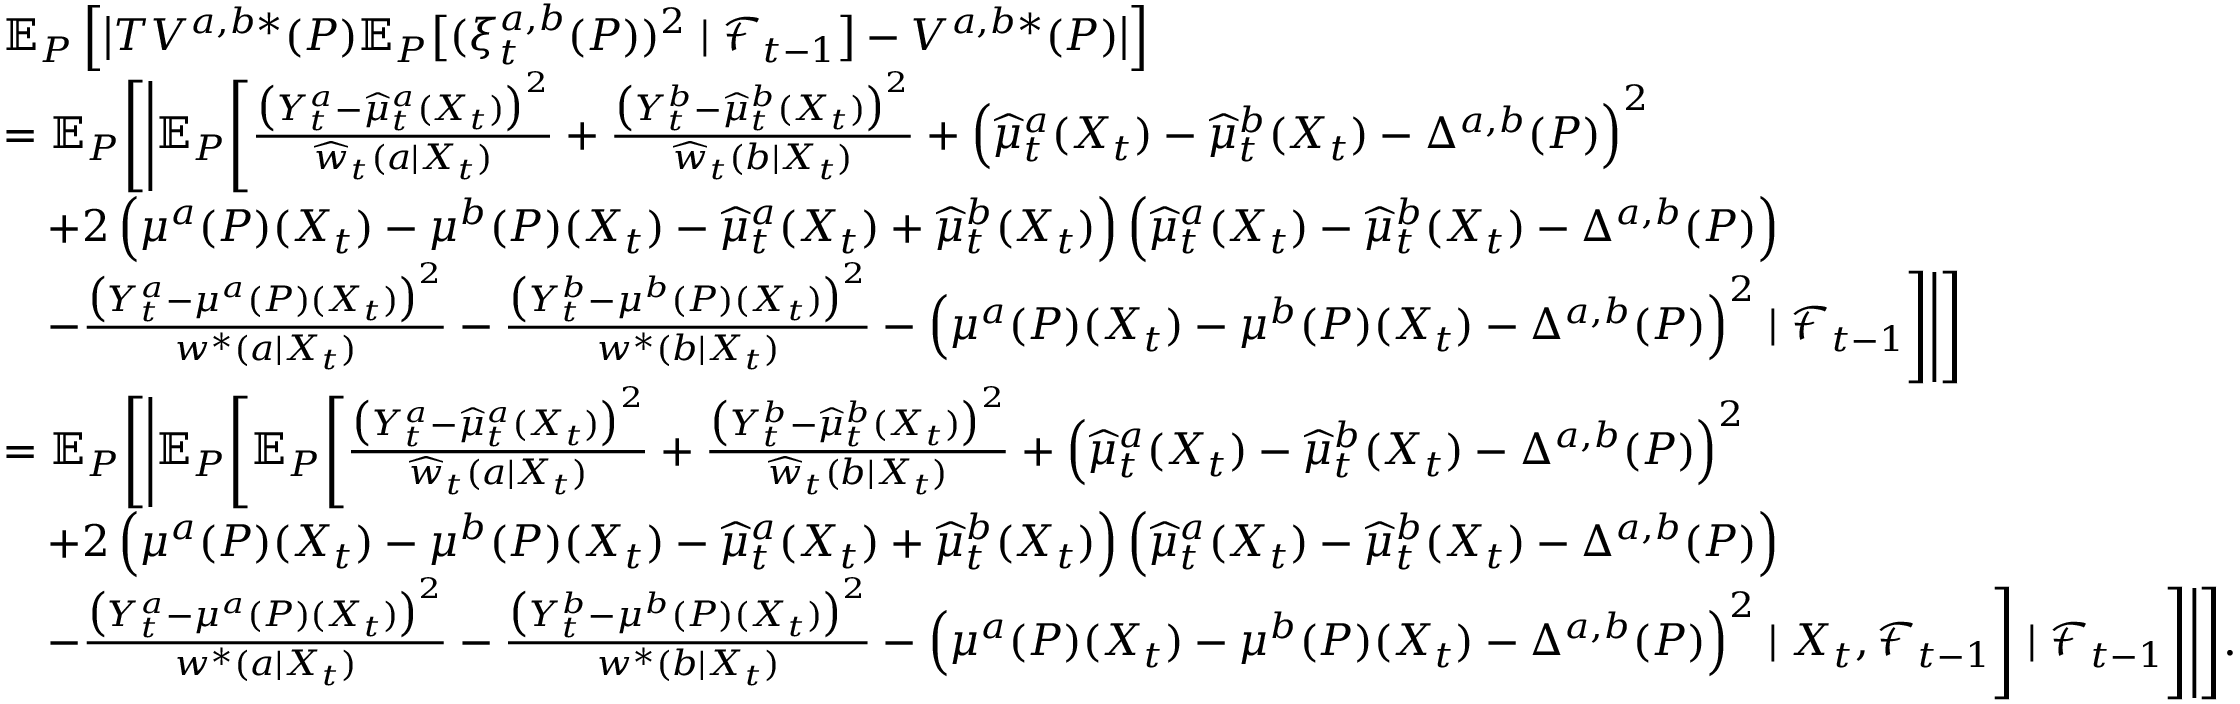
\begin{array} { r l } & { \mathbb { E } _ { P } \left[ \big | T V ^ { a , b * } ( P ) \mathbb { E } _ { P } \big [ ( \xi _ { t } ^ { a , b } ( P ) ) ^ { 2 } \mid \mathcal { F } _ { t - 1 } \big ] - V ^ { a , b * } ( P ) \big | \right] } \\ & { = \mathbb { E } _ { P } \Bigg [ \Bigg | \mathbb { E } _ { P } \Bigg [ \frac { \big ( Y _ { t } ^ { a } - \widehat { \mu } _ { t } ^ { a } ( X _ { t } ) \big ) ^ { 2 } } { \widehat { w } _ { t } ( a | X _ { t } ) } + \frac { \big ( Y _ { t } ^ { b } - \widehat { \mu } _ { t } ^ { b } ( X _ { t } ) \big ) ^ { 2 } } { \widehat { w } _ { t } ( b | X _ { t } ) } + \Big ( \widehat { \mu } _ { t } ^ { a } ( X _ { t } ) - \widehat { \mu } _ { t } ^ { b } ( X _ { t } ) - \Delta ^ { a , b } ( P ) \Big ) ^ { 2 } } \\ & { \ \ \ + 2 \left( \mu ^ { a } ( P ) ( X _ { t } ) - \mu ^ { b } ( P ) ( X _ { t } ) - \widehat { \mu } _ { t } ^ { a } ( X _ { t } ) + \widehat { \mu } _ { t } ^ { b } ( X _ { t } ) \right) \left( \widehat { \mu } _ { t } ^ { a } ( X _ { t } ) - \widehat { \mu } _ { t } ^ { b } ( X _ { t } ) - \Delta ^ { a , b } ( P ) \right) } \\ & { \ \ \ - \frac { \big ( Y _ { t } ^ { a } - \mu ^ { a } ( P ) ( X _ { t } ) \big ) ^ { 2 } } { w ^ { * } ( a | X _ { t } ) } - \frac { \big ( Y _ { t } ^ { b } - \mu ^ { b } ( P ) ( X _ { t } ) \big ) ^ { 2 } } { w ^ { * } ( b | X _ { t } ) } - \Big ( \mu ^ { a } ( P ) ( X _ { t } ) - \mu ^ { b } ( P ) ( X _ { t } ) - \Delta ^ { a , b } ( P ) \Big ) ^ { 2 } \mid \mathcal { F } _ { t - 1 } \Bigg ] \Bigg | \Bigg ] } \\ & { = \mathbb { E } _ { P } \Bigg [ \Bigg | \mathbb { E } _ { P } \Bigg [ \mathbb { E } _ { P } \Bigg [ \frac { \big ( Y _ { t } ^ { a } - \widehat { \mu } _ { t } ^ { a } ( X _ { t } ) \big ) ^ { 2 } } { \widehat { w } _ { t } ( a | X _ { t } ) } + \frac { \big ( Y _ { t } ^ { b } - \widehat { \mu } _ { t } ^ { b } ( X _ { t } ) \big ) ^ { 2 } } { \widehat { w } _ { t } ( b | X _ { t } ) } + \Big ( \widehat { \mu } _ { t } ^ { a } ( X _ { t } ) - \widehat { \mu } _ { t } ^ { b } ( X _ { t } ) - \Delta ^ { a , b } ( P ) \Big ) ^ { 2 } } \\ & { \ \ \ + 2 \left( \mu ^ { a } ( P ) ( X _ { t } ) - \mu ^ { b } ( P ) ( X _ { t } ) - \widehat { \mu } _ { t } ^ { a } ( X _ { t } ) + \widehat { \mu } _ { t } ^ { b } ( X _ { t } ) \right) \left( \widehat { \mu } _ { t } ^ { a } ( X _ { t } ) - \widehat { \mu } _ { t } ^ { b } ( X _ { t } ) - \Delta ^ { a , b } ( P ) \right) } \\ & { \ \ \ - \frac { \big ( Y _ { t } ^ { a } - \mu ^ { a } ( P ) ( X _ { t } ) \big ) ^ { 2 } } { w ^ { * } ( a | X _ { t } ) } - \frac { \big ( Y _ { t } ^ { b } - \mu ^ { b } ( P ) ( X _ { t } ) \big ) ^ { 2 } } { w ^ { * } ( b | X _ { t } ) } - \Big ( \mu ^ { a } ( P ) ( X _ { t } ) - \mu ^ { b } ( P ) ( X _ { t } ) - \Delta ^ { a , b } ( P ) \Big ) ^ { 2 } \mid X _ { t } , \mathcal { F } _ { t - 1 } \Bigg ] \mid \mathcal { F } _ { t - 1 } \Bigg ] \Bigg | \Bigg ] . } \end{array}